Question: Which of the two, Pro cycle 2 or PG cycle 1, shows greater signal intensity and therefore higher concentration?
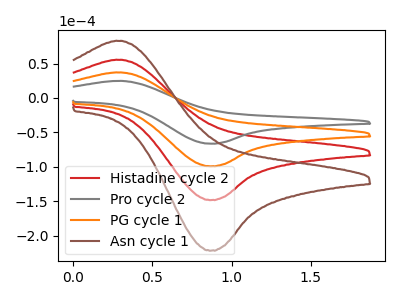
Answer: <think>The red curve "Histadine cycle 2" has an anodic peak at (0.30V, 74.20uA) and a cathodic peak at (0.85V, -198.50uA). The gray curve "Pro cycle 2" has an anodic peak at (0.30V, 24.80uA) and a cathodic peak at (0.85V, -66.40uA). The orange curve "PG cycle 1" has an anodic peak at (0.30V, 37.10uA) and a cathodic peak at (0.85V, -99.25uA). The brown curve "Asn cycle 1" has an anodic peak at (0.30V, 111.30uA) and a cathodic peak at (0.85V, -297.75uA).
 All the peaks in "Pro cycle 2" have a peak in "PG cycle 1" at the same potential. Every peak in "Pro cycle 2" is lower than every peak in "PG cycle 1".</think>
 <answer>"Pro cycle 2" has less signal than "PG cycle 1" and so likely has a lower concentration.</answer>
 <eval>less_concentration</eval>